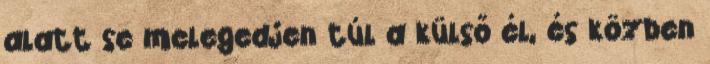
alatt se melegedjen túl a külső él, és közben